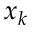
x _ { k }